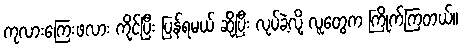
ကုလားကြေးဖလား ကိုင်ပြီး ပြန်ရမယ် ဆိုပြီး လုပ်ခဲ့လို့ လူတွေက ကြိုက်ကြတယ်။